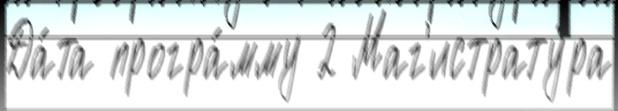
Да́та програ́мму 2 Маг'истрату́ра